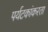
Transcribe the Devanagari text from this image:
पर्यटकांकरता